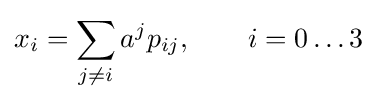
x_{i}=\sum _{j\neq i}a^{j}p_{ij},\qquad i=0\ldots 3